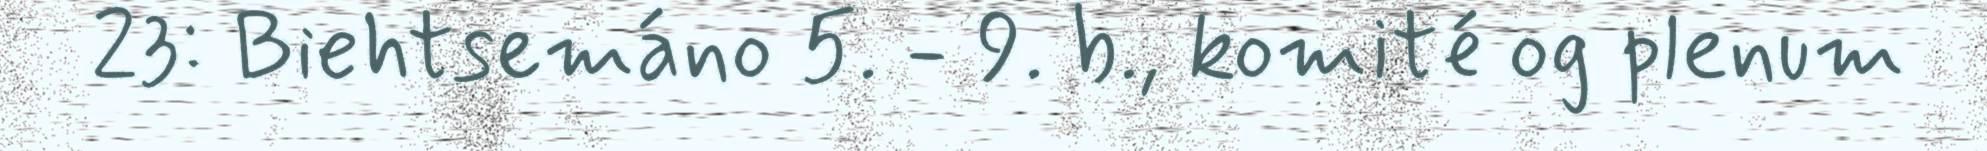
23: Biehtsemáno 5. - 9. b., komité og plenum